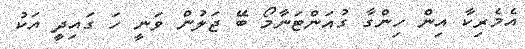
އެމެރިކާ އިން ހިންގާ ގުއަންޓަނާމޯ ބޭ ޖަލުން ވަނީ ހަ ގައިދީ އަކު